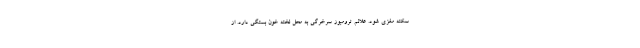
سکته مغزی شود. علائم ترومبوز سرخرگی به محل لخته خون بستگی دارد. از